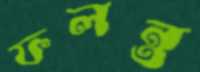
ফলন্ত